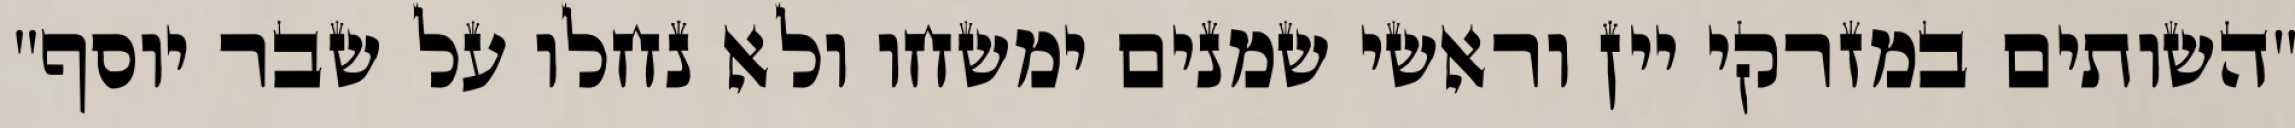
"השותים במזרקי יין וראשי‏ שמנים ימשחו ולא נחלו על שבר יוסף"